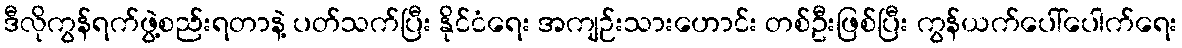
ဒီလိုကွန်ရက်ဖွဲ့စည်းရတာနဲ့ ပတ်သက်ပြီး နိုင်ငံရေး အကျဉ်းသားဟောင်း တစ်ဦးဖြစ်ပြီး ကွန်ယက်ပေါ်ပေါက်ရေး